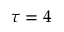
\tau = 4